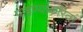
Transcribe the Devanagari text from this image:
पाहण्याकरितां